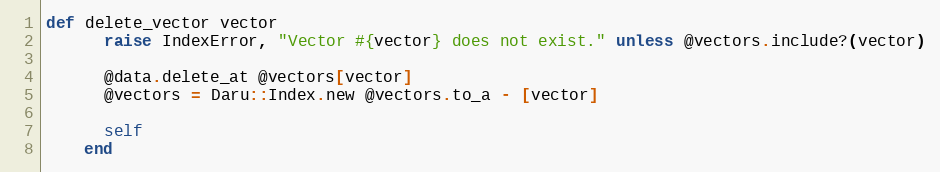
Language: Ruby
def delete_vector vector
      raise IndexError, "Vector #{vector} does not exist." unless @vectors.include?(vector)

      @data.delete_at @vectors[vector]
      @vectors = Daru::Index.new @vectors.to_a - [vector]

      self
    end